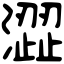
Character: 澀